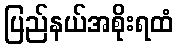
ပြည်နယ်အစိုးရထံ